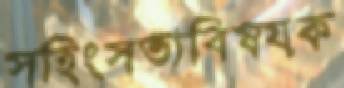
সহিংসতাবিষয়ক